Medical and sanitary report of the native army of Bengal for the year
Year: 1875
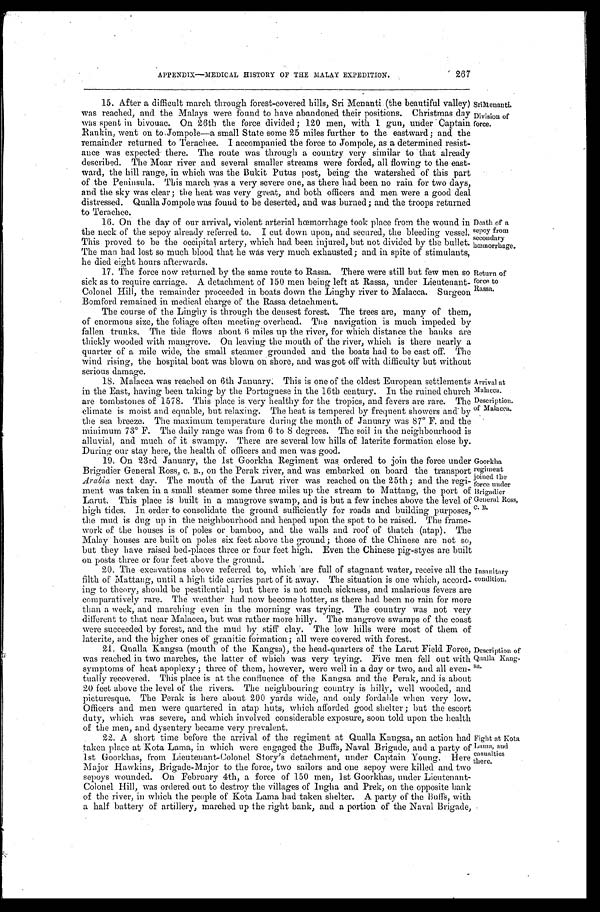
267
APPENDIX—MEDICAL HISTORY OF THE MALAY EXPEDITION.
15. After a difficult march through forest-covered hills, Sri Menanti (the beautiful valley)
was reached, and the Malays were found to have abandoned their positions. Christmas day
was spent in bivouac. On 26th the force divided; 120 men, with 1 gun, under Captain
Rankin, went on to Jompole—a small State some 25 miles further to the eastward; and the
remainder returned to Terachee. I accompanied the force to Jompole, as a determined resist
- a n c e w a s e x p e c t e d t h e r e . T h e r o u t e w a s t h r o u g h a c o u n t r y v e r y s i m i l a r t o t h a t a l r e a d y
described. The Moar river and several smaller streams were forded, all flowing to the east
-ward, the hill range, in which was the Bukit Putus post, being the watershed of this part
of the Peninsula. This march was a very severe one, as there had been no rain for two days,
and the sky was clear; the heat was very great, and both officers and men were a good deal
distressed. Qualla Jompole was found to be deserted, and was burned; and the troops returned
to Terachee.
16. On the day of our arrival, violent arterial hœmorrhage took place from the wound in
the neck of the sepoy already referred to. I cut down upon, and secured, the bleeding vessel.
This proved to be the occipital artery, which had been injured, but not divided by the bullet.
The man had lost so much blood that he wás very much exhausted; and in spite of stimulants,
he died eight hours afterwards.
SriMenanti.
Division of
force.
Death of a
sepoy from
secondary
hœmorrhage.
17. The force now returned by the same route to Rassa. There were still but few men so
sick as to require carriage. A detachment of 150 men being left at Rassa, under Lieutenant-
Colonel Hill, the remainder proceeded in boats down the Linghy river to Malacca. Surgeon
Bomford remained in medical charge of the Rassa detachment.
The course of the Linghy is through the densest forest. The trees are, many of them,
of enormous size, the foliage often meeting overhead. The navigation is much impeded by
fallen trunks. The tide flows about 6 miles up the river, for which distance the banks are
thickly wooded with mangrove. On leaving the mouth of the river, which is there nearly a
quarter of a mile wide, the small steamer grounded and the boats had to be cast off. The
wind rising, the hospital boat was blown on shore, and was got off with difficulty but without
serious damage.
Return of
force to
Rassa.
18. Malacca was reached on 6th January. This is one of the oldest European settlements
in the East, having been taking by the Portuguese in the 16th century. In the ruined church
are tombstones of 1578. This place is very healthy for the tropics, and fevers are rare. The
climate is moist and equable, but relaxing. The heat is tempered by frequent showers and by
the sea breeze. The maximum temperature during the month of January was 87° F. and the
minimum 73° F. The daily range was from 6 to 8 degrees. The soil in the neighbourhood is
alluvial, and much of it swampy. There are several low hills of laterite formation close by.
During our stay here, the health of officers and men was good.
19. On 23rd January, the 1st Goorkha Regiment was ordered to join the force under
Brigadier General Ross, C. B., on the Perak river, and was embarked on board the transport
Arabia next day. The mouth of the Larut river was reached on the 25th; and the regi-
ment was taken in a small steamer some three miles up the stream to Mattang, the port of
Larut. This place is built in a mangrove swamp, and is but a few inches above the level of
high tides. In order to consolidate the ground sufficiently for roads and building purposes,
the mud is dug up in the neighbourhood and heaped upon the spot to be raised. The frame
-work of the houses is of poles or bamboo, and the walls and roof of thatch (atap). The
Malay houses are built on poles six feet above the ground; those of the Chinese are not so,
but they have raised bed-places three or four feet high. Even the Chinese pig-styes are built
on posts three or four feet above the ground.
Goorkha regiment joined the
force under
Brigadier General Ross,
C. B.
Arrival at
Malacca.
Description.
of Malacca.
20. The excavations above referred to, which are full of stagnant water, receive all the
filth of Mattang, until a high tide carries part of it away. The situation is one which, accord
- i n g t o t h e o r y , s h o u l d b e p e s t i l e n t i a l ; b u t t h e r e i s n o t m u c h s i c k n e s s , a n d m a l a r i o u s f e v e r s a r e
comparatively rare. The weather had now become hotter, as there had been no rain for more
than a week, and marching even in the morning was trying. The country was not very
different to that near Malacca, but was rather more hilly. The mangrove swamps of the coast
were succeeded by forest, and the mud by stiff clay. The low hills were most of them of
laterite, and the higher ones of granitic formation; all were covered with forest.
Insanitary
condition.
21. Qualla Kangsa (mouth of the Kangsa), the head-quarters of the Larut Field Force,
was reached in two marches, the latter of which was very trying. Five men fell out with
symptoms of heat apoplexy; three of them, however, were well in a day or two, and all even
-tually recovered. This place is at the confluence of the Kangsa and the Perak, and is about
20 feet above the level of the rivers. The neighbouring country is hilly, well wooded, and
picturesque. The Perak is here about 200 yards wide, and only fordable when very low.
Officers and men were quartered in atap huts, which afforded good shelter; but the escort
duty, which was severe, and which involved considerable exposure, soon told upon the health
of the men, and dysentery became very prevalent
.
22. A short time before the arrival of the regiment at Qualla Kangsa, an action had
taken place at Kota Lama, in which were engaged the Buffs, Naval Brigade, and a party of
1st Goorkhas, from Lieutenant-Colonel Story's detachment, under Captain Young. Here
Major Hawkins, Brigade-Major to the force, two sailors and one sepoy were killed and two
sepoys wounded. On February 4th, a force of 150 men, 1st Goorkhas, under Lieutenant-
Colonel Hill, was ordered out to destroy the villages of Ingha and Prek, on the opposite bank
of the river, in which the people of Kota Lama bad taken shelter. A party of the Buffs, with
a half battery of artillery, marched up the right bank, and a portion of the Naval Brigade,
Fight at Kota
Lama, and
casualties there.
Description of
Qualla Kang
- sa.